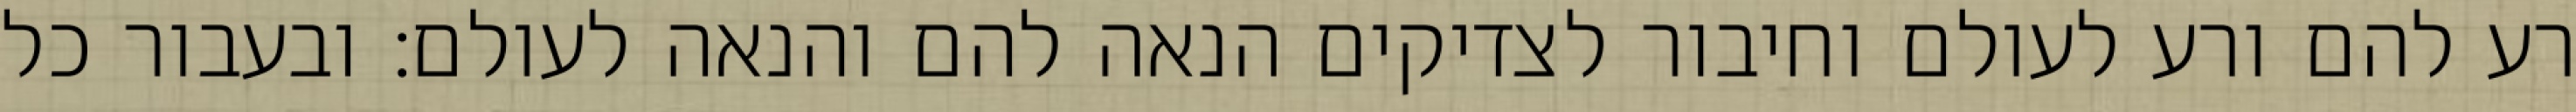
רע להם ורע לעולם וחיבור לצדיקים הנאה להם והנאה לעולם: ובעבור כל